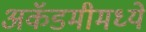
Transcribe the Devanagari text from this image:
अकॅडमीमध्ये